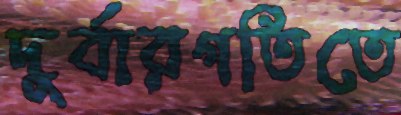
দুর্বারগতিতে